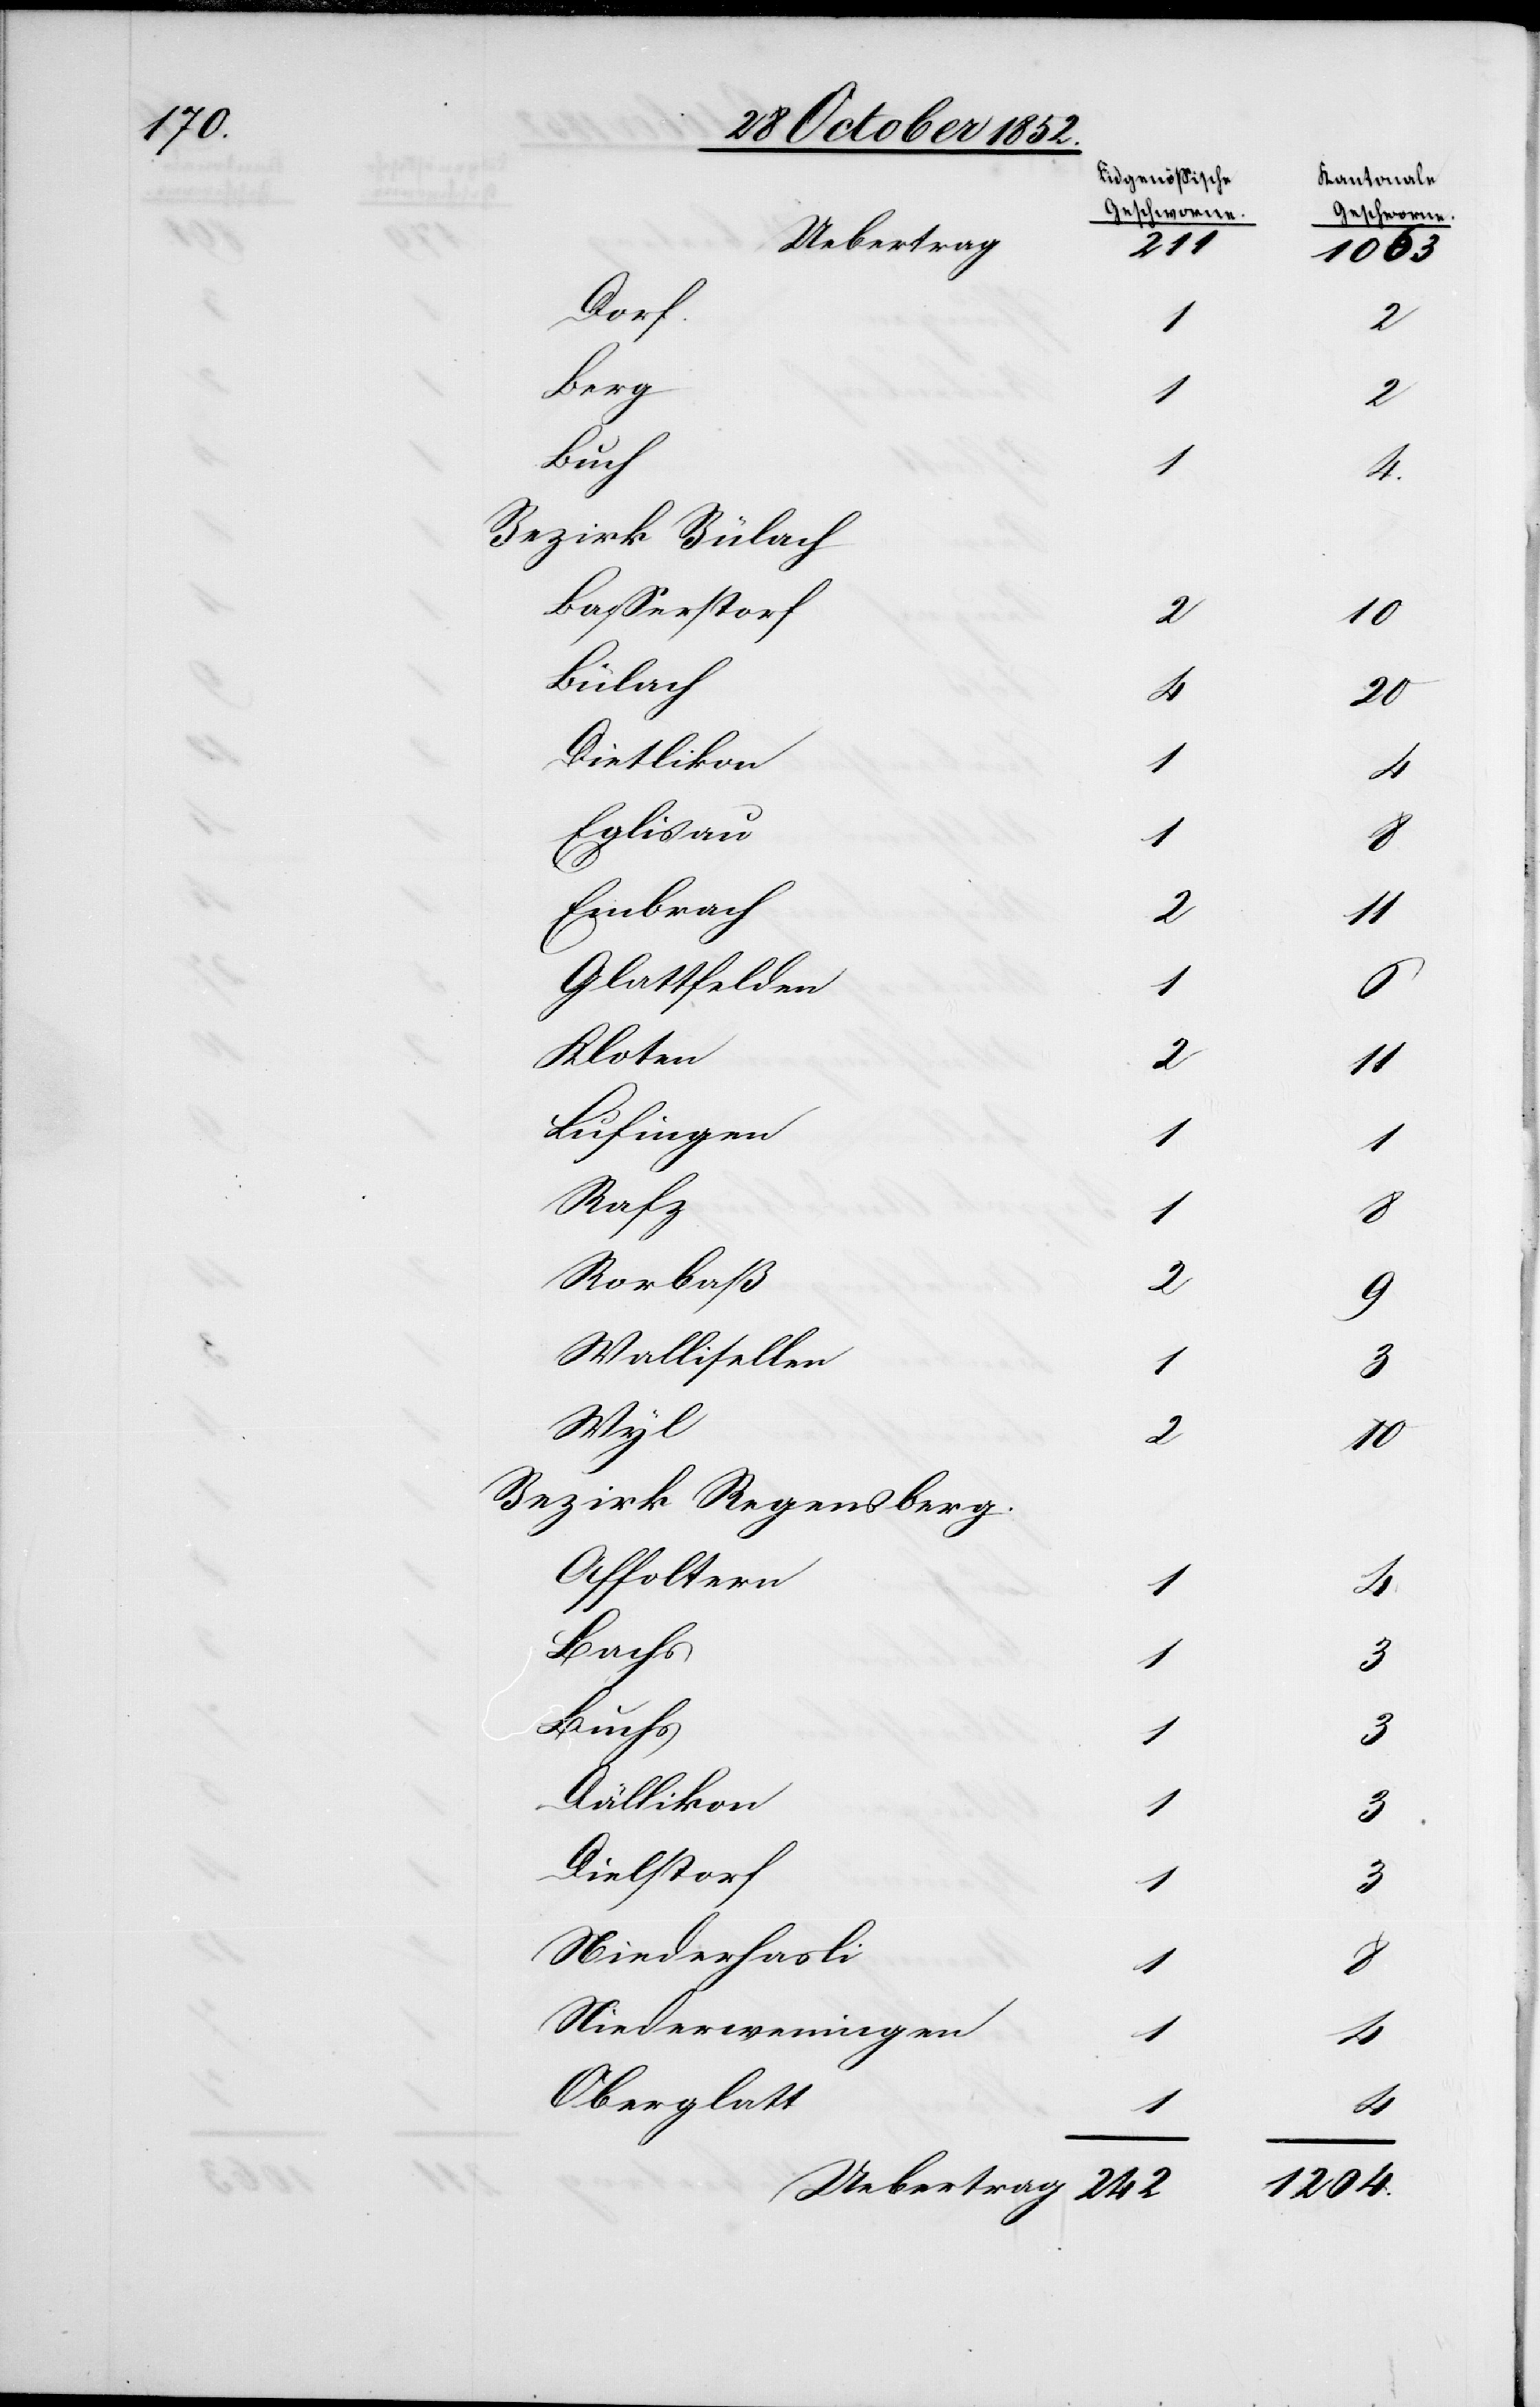
10

[Eidgenössische
Geschworne.]
Uebertrag
Dorf.
2
Berg
2
Buch
Bezirk Bülach
Basserstorf
Bülach
4
Dietlikon
4
Eglisau
1
6
Embrach
2
Glattfelden
Kloten
2
Lufingen
1
Rafz
8
Rorbaß
2
Wallisellen
1
Wyl
2
[Bezirk Regensberg.]
Affoltern
4
Bachs
1
Buchs
3
Dällikon
3
Dielstorf
3
Niederhasli
8
Niederweningen
Oberglatt

2

1
242
1204.

[Kantonale